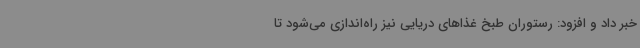
خبر داد و افزود: رستوران طبخ غذاهای دریایی نیز راه‌اندازی می‌شود تا